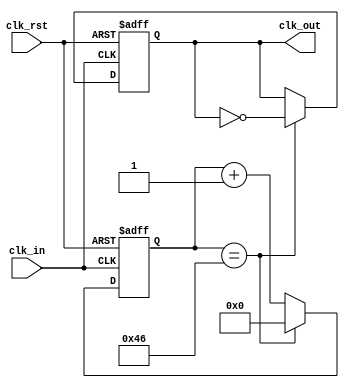
`timescale 1ns / 1ps
//////////////////////////////////////////////////////////////////////////////////
// Company: 
// Engineer: 
// 
// Design Name: 
// Module Name:    Divisor_Frec 
// Project Name: 
// Target Devices: 
// Tool versions: 
// Description: 
//
// Dependencies: 
//
// Revision: 
// Revision 0.01 - File Created
// Additional Comments: 
//
//////////////////////////////////////////////////////////////////////////////////
module Divisor_Frec(
 input wire clk_in,
 input wire clk_rst,
 output reg clk_out
 ); 
 
 
 reg [6:0] contador ; 

 
always @(posedge clk_in,posedge clk_rst) 

 begin
      if (clk_rst)
		   begin
		   clk_out <= 0;
			contador <= 0;
			end 
      else
          begin		
		    if (contador == 7'd70)  
		        begin                    
			     contador <=7'd0;       
		        clk_out <= ~clk_out;
		        end 
		     else 
		        contador <= contador + 1'b1; 
          end 
 end


endmodule